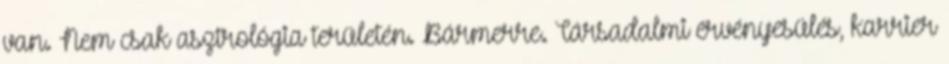
van. Nem csak asztrológia területén. Bármerre. Társadalmi érvényesülés, karrier